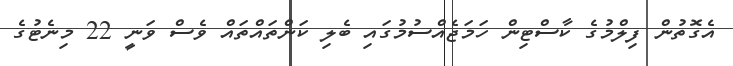
އެގޮތުން ފިލްމުގެ ކާސްޓިން ހަމަޖެއްސުމުގައި ބެލި ކަންތައްތައް ވެސް ވަނީ 22 މިނެޓުގެ